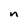
Character: n